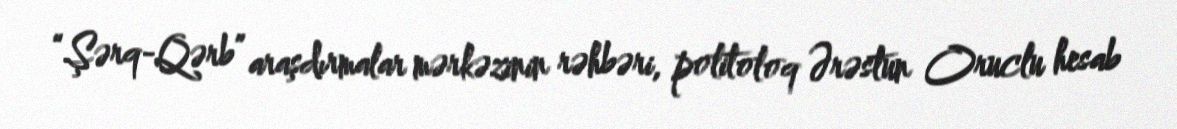
“Şərq-Qərb” araşdırmalar mərkəzinin rəhbəri, politoloq Ərəstun Oruclu hesab